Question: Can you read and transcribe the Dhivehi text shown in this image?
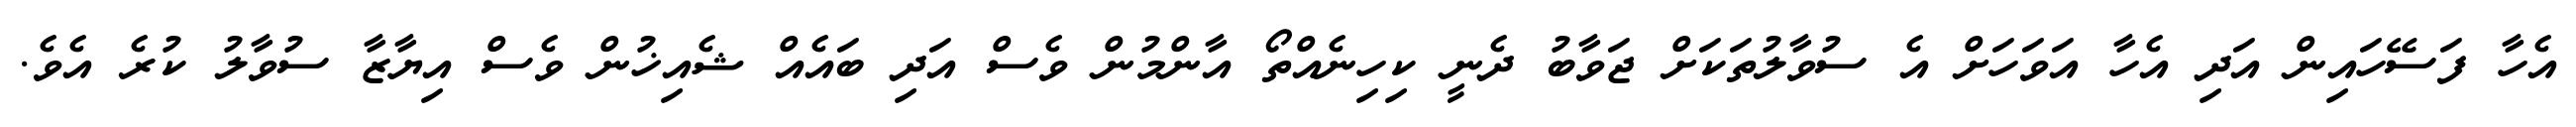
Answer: އެހާ ފަސޭހައިން އަދި އެހާ އަވަހަށް އެ ސުވާލުތަކަށް ޖަވާބު ދެނީ ކިހިނެއްތޯ އާންމުން ވެސް އަދި ބައެއް ޝެއިޚުން ވެސް އިޔާޒާ ސުވާލު ކުރެ އެވެ.